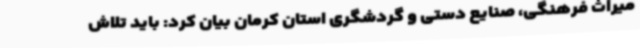
میراث فرهنگی، صنایع دستی و گردشگری استان کرمان بیان کرد: باید تلاش